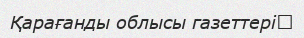
Қарағанды облысы газеттері‎